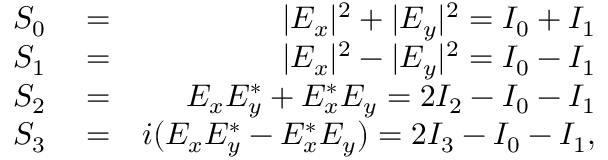
\begin{array} { r l r } { S _ { 0 } } & { { } = } & { | E _ { x } | ^ { 2 } + | E _ { y } | ^ { 2 } = I _ { 0 } + I _ { 1 } } \\ { S _ { 1 } } & { { } = } & { | E _ { x } | ^ { 2 } - | E _ { y } | ^ { 2 } = I _ { 0 } - I _ { 1 } } \\ { S _ { 2 } } & { { } = } & { E _ { x } E _ { y } ^ { * } + E _ { x } ^ { * } E _ { y } = 2 I _ { 2 } - I _ { 0 } - I _ { 1 } } \\ { S _ { 3 } } & { { } = } & { i ( E _ { x } E _ { y } ^ { * } - E _ { x } ^ { * } E _ { y } ) = 2 I _ { 3 } - I _ { 0 } - I _ { 1 } , } \end{array}